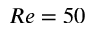
R e = 5 0